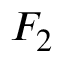
{ \cal F } _ { 2 }